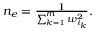
\begin{array} { r } { n _ { e } = \frac { 1 } { \sum _ { k = 1 } ^ { m } w _ { i _ { k } } ^ { 2 } } . } \end{array}